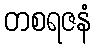
တစရဇနံ